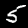
Digit: 5